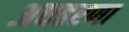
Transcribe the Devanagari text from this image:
अघहरणा